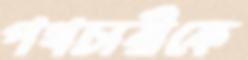
পথচারীকে